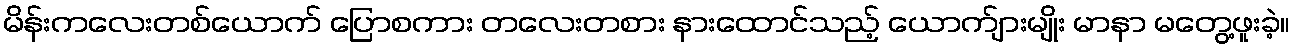
မိန်းကလေးတစ်ယောက် ပြောစကား တလေးတစား နားထောင်သည့် ယောက်ျားမျိုး မာနာ မတွေ့ဖူးခဲ့။